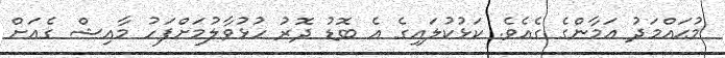
މުޙައްމަދު އަމާންގެ ގެއެވެ. ކަޅުކުލައިގެ އެ ބޮޑު ދޮރު ހުޅުވާލުމަށްފަހު މާއިޝް ގެއަށް